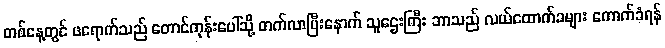
တစ်နေ့တွင် ဖရောက်သည် တောင်ကုန်းပေါ်သို့ တက်လာပြီးနောက် သူဌေးကြီး ဘာသည် လယ်ထောက်ခများ ကောက်ခံရန်